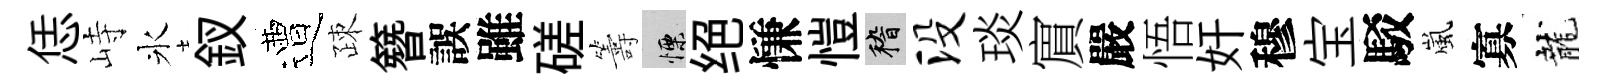
恁峙氷釵遭疎簪誤雖磋籌慄绝慊愷稽没琰賔嚴悟奸穆宝駁嵐寡龍